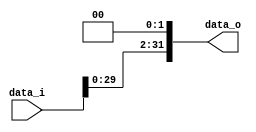
module Shift_Left_Two_32(
    data_i,
    data_o
    );

//I/O ports
input [32-1:0] data_i;
output [32-1:0] data_o;

assign data_o = data_i << 2;

endmodule